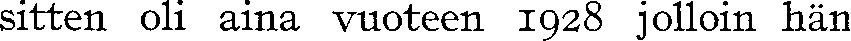
sitten oli aina vuoteen 1928 jolloin hän